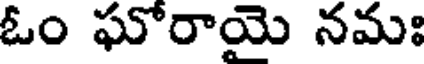
ఓం ఘోరాయె నమః